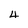
Character: 4